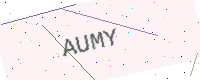
Text: AUMY